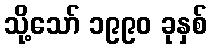
သို့သော် ၁၉၉၀ ခုနှစ်